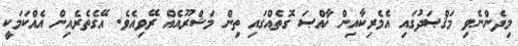
މިދެންނެވި މަޤްޞަދުގައި އެމެރިކާއިން ޚާއްޞަ ގޮތެއްގައި ތިން މަޝްރޫއެއް ރޭވިއެވެ. އޭގެތެރެއިން އެއްކަމަކީ